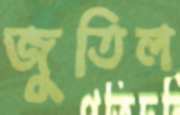
জুতিল